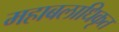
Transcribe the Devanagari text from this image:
महाबलाधिकृत